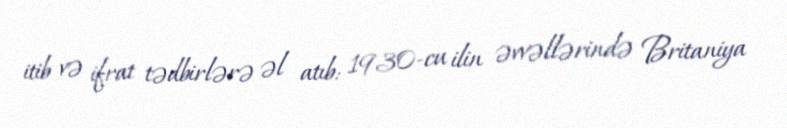
itib və ifrat tədbirlərə əl atıb: 1930-cu ilin əvvəllərində Britaniya